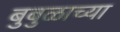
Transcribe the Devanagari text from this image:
बुबुळाच्या